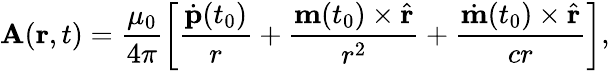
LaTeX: \mathbf A(\mathbf r,t)=\frac{\mu_{0}}{4\pi}\left[\frac{\dot{\mathbf p}(t_{0})}{r}+\frac{\mathbf m(t_{0})\times\hat{\mathbf r}}{r^{2}}+\frac{\dot{\mathbf m}(t_{0})\times\hat{\mathbf r}}{cr}\right],